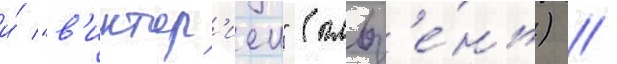
и́ "в'иктор'иеи" (пльз'е́нь) //